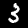
Label: 3